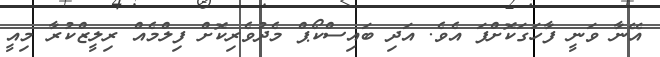
އޭނާ ވަނީ ފާހަގަކޮށްފަ އެވެ. އަދި ބައިސްކޯޕް މެދުވެރިކޮށް ފިލްމެއް ރިލީޒްކުރާ މިއީ